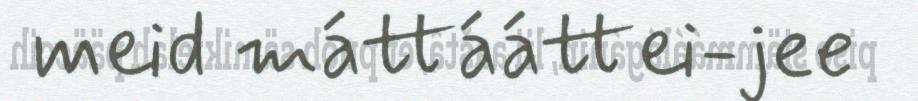
meid máttááttei-jee